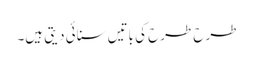
طرح طرح کی باتیں سنائی دیتی ہیں۔